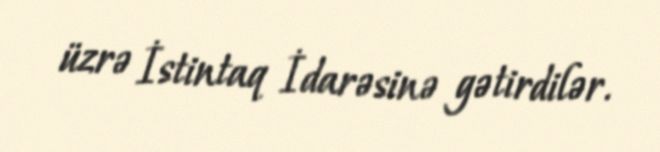
üzrə İstintaq İdarəsinə gətirdilər.